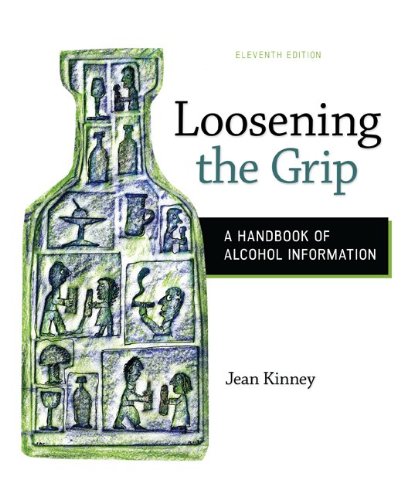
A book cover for Loosening the Grip: A Handbook of Alcohol Information; Jean Kinney; Health, Fitness & Dieting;